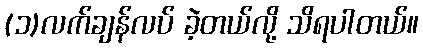
(၁)လက်ချန်လပ် ခဲ့တယ်လို့ သိရပါတယ်။